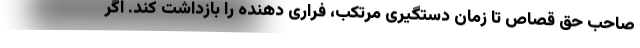
صاحب حق قصاص تا زمان دستگیری مرتکب، فراری دهنده را بازداشت کند. اگر